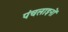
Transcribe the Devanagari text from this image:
पंचलाइनों